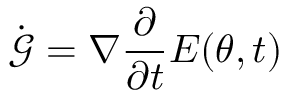
\dot { \boldsymbol { \mathcal { G } } } = \nabla \frac { \partial } { \partial t } E ( { \boldsymbol { \theta } } , t )